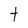
Character: t